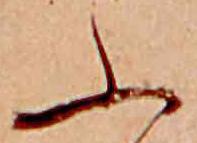
ふ